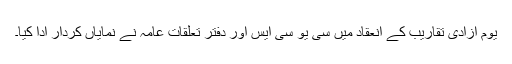
یوم آزادی تقاریب کے انعقاد میں سی یو سی ایس اور دفتر تعلقات عامہ نے نمایاں کردار ادا کیا۔